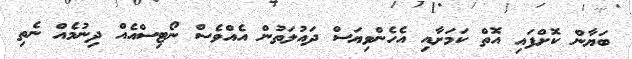
ބަޔާން ކޮށްފައި އޮތް ކަމަށާއި އެހެންވިޔަސް ދައުލަތުން އެއްވެސް ނޯޓިސްއެއް ދިނުމެއް ނެތި